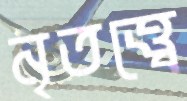
নৃতত্ত্বে